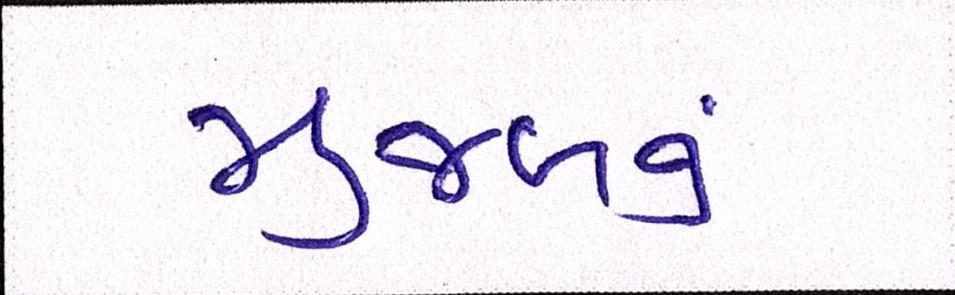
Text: મુજબનું